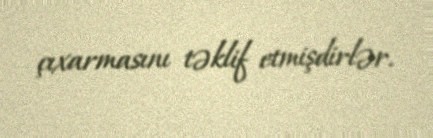
çıxarmasını təklif etmişdirlər.